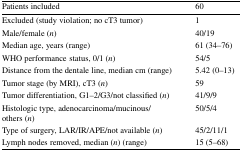
| Patients included | 60 |
 | --- | --- |
 | Excluded (study violation; no cT3 tumor) | 1 |
 | Male/female (n) | 40/19 |
 | Median age, years (range) | 61 (34–76) |
 | WHO performance status, 0/1 (n) | 54/5 |
 | Distance from the dentale line, median cm (range) | 5.42 (0–13) |
 | Tumor stage (by MRI), cT3 (n) | 59 |
 | Tumor differentiation, G1–2/G3/not classified (n) | 41/9/9 |
 | Histologic type, adenocarcinoma/mucinous/others (n) | 50/5/4 |
 | Type of surgery, LAR/IR/APE/not available (n) | 45/2/11/1 |
 | Lymph nodes removed, median (n) (range) | 15 (5–68) |